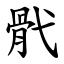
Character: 骮